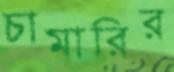
চামারির